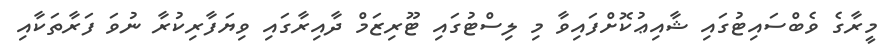
މީރާގެ ވެބްސައިޓުގައި ޝާއިޢުކޮށްފައިވާ މި ލިސްޓުގައި ޓޫރިޒަމް ދާއިރާގައި ވިޔަފާރިކުރާ ނުވަ ފަރާތަކާއި